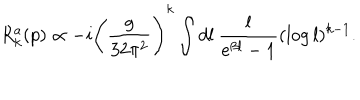
LaTeX: R _ { k } ^ { a } ( p ) \propto - i \Bigg ( \frac { g } { 3 2 \pi ^ { 2 } } \Bigg ) ^ { k } \int d l \: \frac { l } { e ^ { \beta l } - 1 } ( \log l ) ^ { k - 1 } .